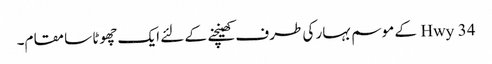
Hwy 34 کے موسم بہار کی طرف کھینچنے کے لئے ایک چھوٹا سا مقام۔